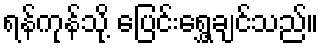
ရန်ကုန်သို့ ပြေင်းရွှေ့ချင်သည်။